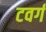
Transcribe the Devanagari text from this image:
टवर्ग